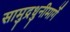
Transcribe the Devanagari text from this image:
सामुद्रधुनीमार्गे